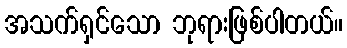
အသက်ရှင်သော ဘုရားဖြစ်ပါတယ်။